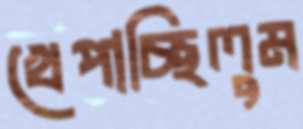
খেপাচ্ছিলুম